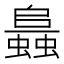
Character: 𧒙